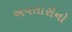
અવતારોનો